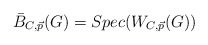
\begin{align*}\bar{B}_{C, \vec{p}}(G) = Spec(W_{C, \vec{p}}(G))\\\end{align*}